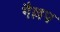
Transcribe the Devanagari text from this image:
गैल्लप